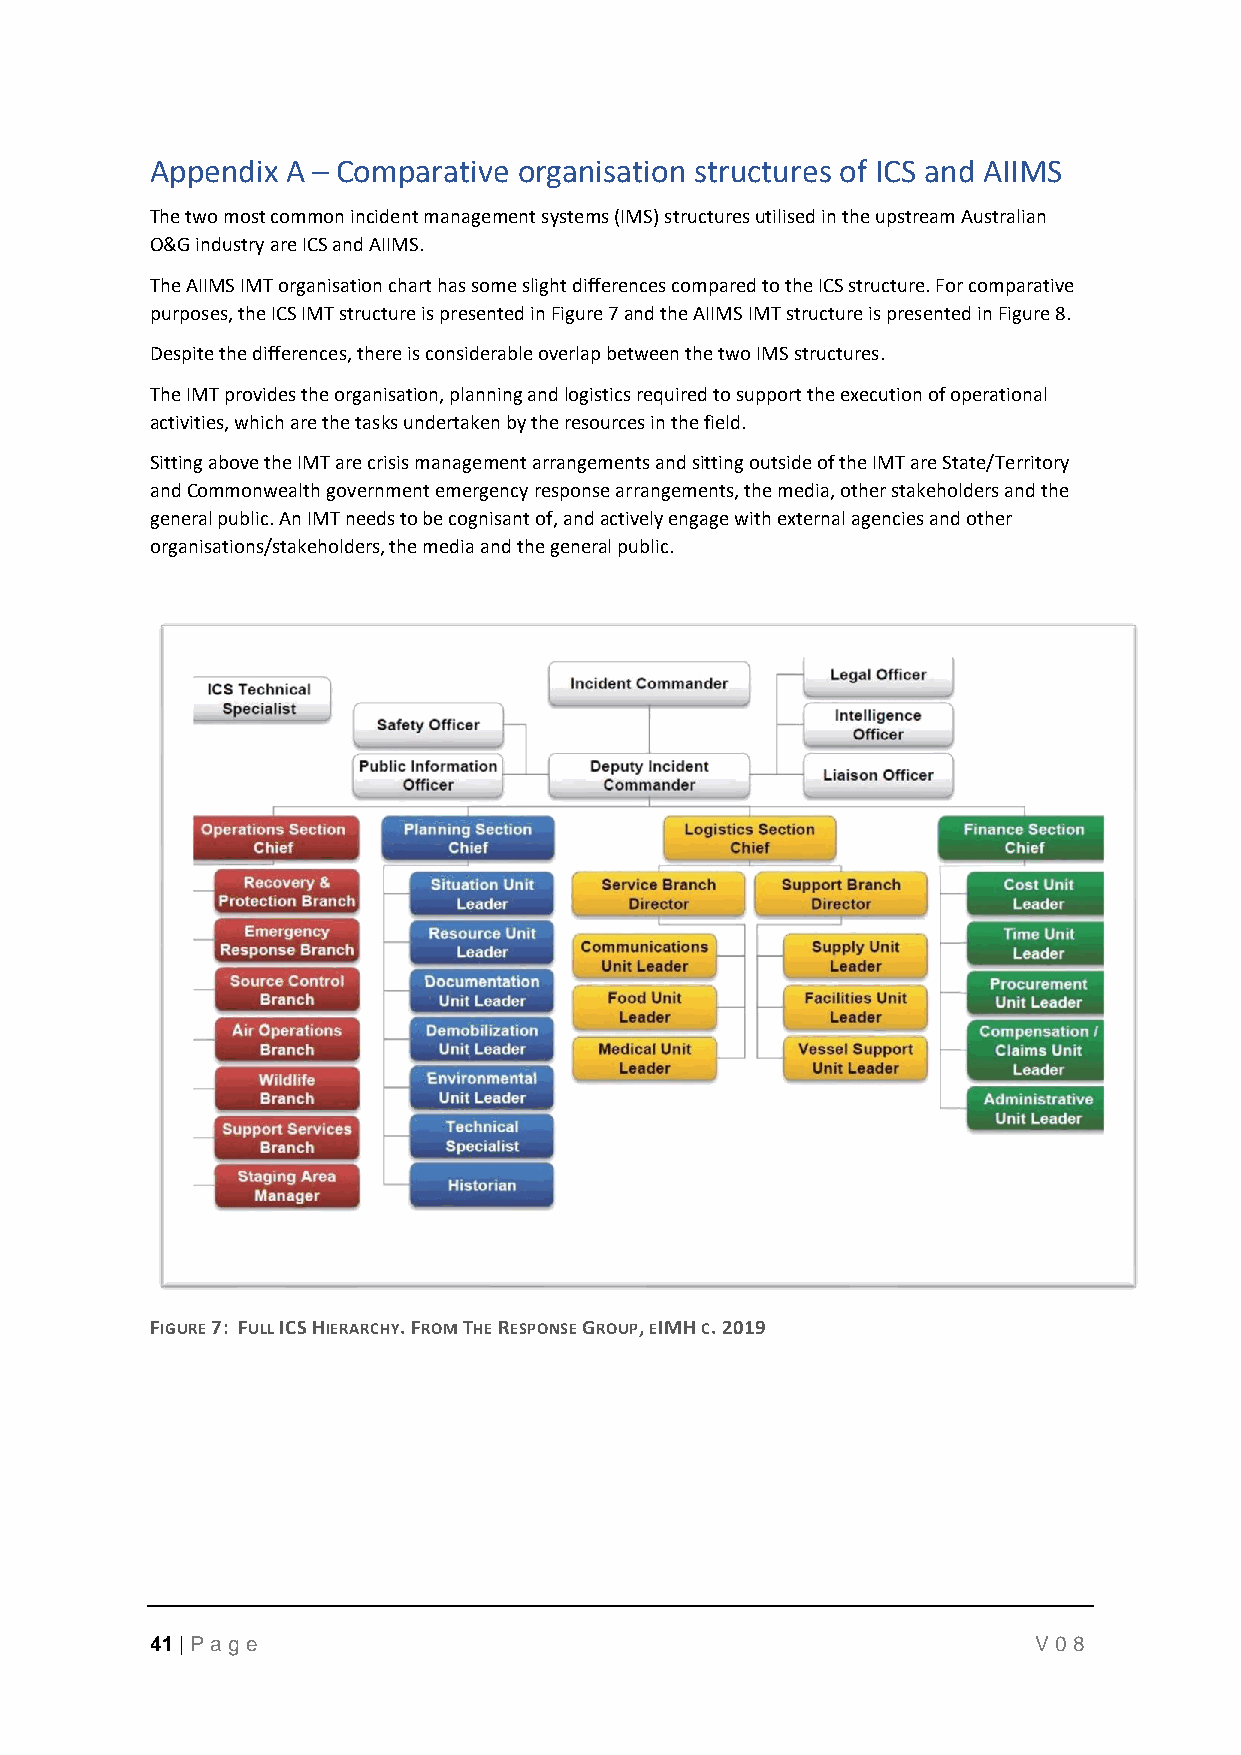
Appendix A – Comparative organisation structures of ICS and AIIMS
 The two most common incident management systems (IMS) structures utilised in the upstream Australian
 O&G industry are ICS and AIIMS.
 The AIIMS IMT organisation chart has some slight differences compared to the ICS structure. For comparative
 purposes, the ICS IMT structure is presented in Figure 7 and the AIIMS IMT structure is presented in Figure 8.
 Despite the differences, there is considerable overlap between the two IMS structures.
 The IMT provides the organisation, planning and logistics required to support the execution of operational
 activities, which are the tasks undertaken by the resources in the field.
 Sitting above the IMT are crisis management arrangements and sitting outside of the IMT are State/Territory
 and Commonwealth government emergency response arrangements, the media, other stakeholders and the
 general public. An IMT needs to be cognisant of, and actively engage with external agencies and other
 organisations/stakeholders, the media and the general public.
 FIGURE 7: FULL ICS HIERARCHY. FROM THE RESPONSE GROUP, EIMH C. 2019
 41 | P age                                                 V08